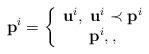
LaTeX: \begin{align*}{{\textbf{p}}^{i}} = \left\{ {\begin{array}{*{20}{c}}{{{\textbf{u}}^{i}},\;{{\textbf{u}}^{i}} \prec {{\textbf{p}}^{i}}}\\{{{\textbf{p}}^{i}},,}\end{array}} \right.\end{align*}